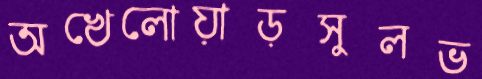
অখেলোয়াড়সুলভ